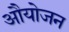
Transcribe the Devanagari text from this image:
औयोजन